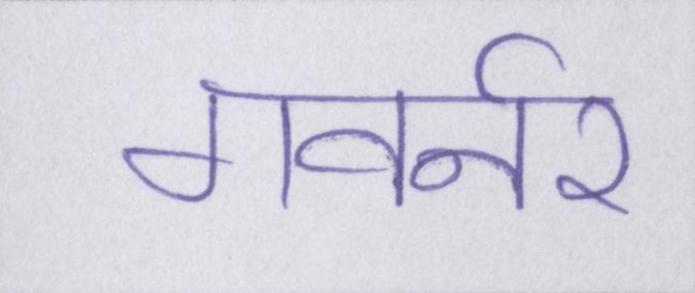
गवर्नर